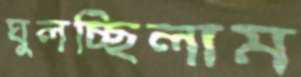
ঘুলচ্ছিলাম